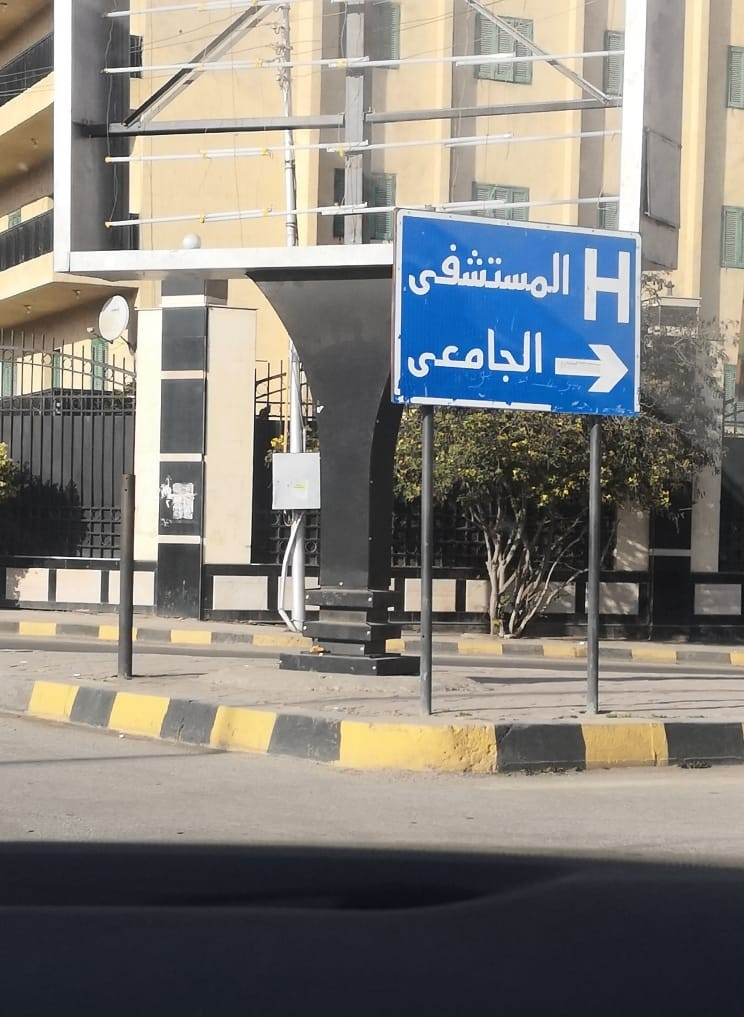
Text in image: المستشفى الجامعى H